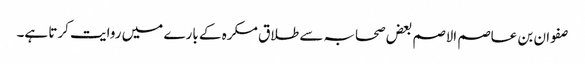
صفوان بن عاصم الاصم بعض صحابہ سے طلاق مکرہ کے بارے میں روایت کرتا ہے۔